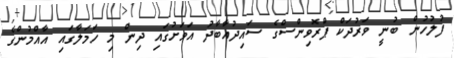
ފުލުހުން ބުނީ ވަރުދަކް ޕްރޮވިންސްގެ ސައިދުއާބާދު އަވަށުގައި ދިން މި ހަމަލާގައި އާއްމުންގެ